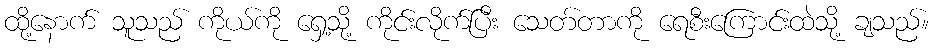
ထို့နောက် သူသည် ကိုယ်ကို ရှေ့သို့ ကိုင်းလိုက်ပြီး သေတ်တာကို ရေစီးကြောင်းထဲသို့ ချသည်။